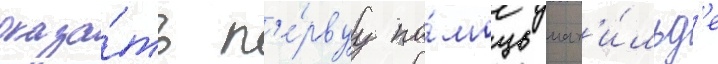
оказа́ть п'е́рвуу по́мощь мат'и́льд'е